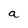
Character: a